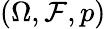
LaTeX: (\Omega,{\mathcal{F}},p)